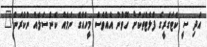
އަދި ސީ ކެޓަގަރީގެ ފްލެޓްތަކަށް ހޮވުނު އެއްވެސް މީހެއްގެ ނަމެއް ކެންސަލެއް ނުކުރަން."